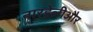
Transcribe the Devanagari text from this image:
नारडेलीऔर